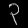
Digit: ၃